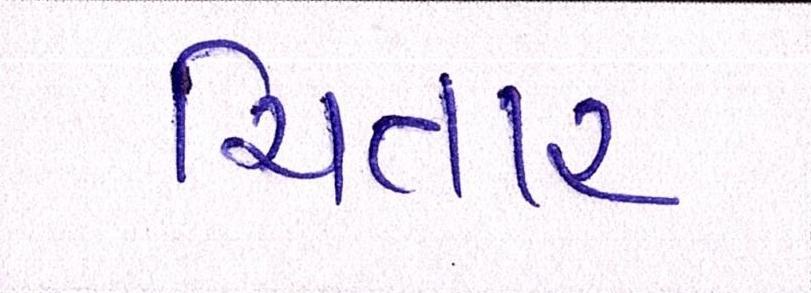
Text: ચિતાર